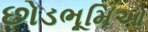
છોડભૂમિઓ